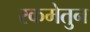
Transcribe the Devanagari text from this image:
रकमेतुन